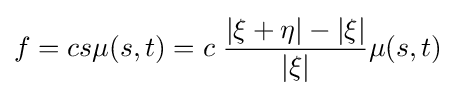
f=cs\mu (s,t)=c\;{\frac {|{\bf {\xi }}+{\bf {\eta }}|-|{\bf {\xi }}|}{|{\bf {\xi }}|}}\mu (s,t)